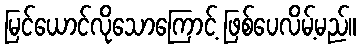
မြင်ယောင်လိုသောကြောင့် ဖြစ်ပေလိမ့်မည်။